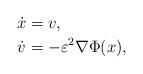
LaTeX: \begin{align*} \dot x &= v, \\\dot v &= - \varepsilon^2\nabla \Phi(x),\end{align*}